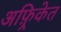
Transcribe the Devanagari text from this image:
अफ़्रिकेत